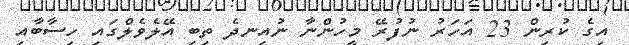
އިގެ ކުރިން 23 އަހަރު ނުފުރޭ މީހުންނާ ނުއިނދެ ތިބި އޭލެވެލްގައި ހިސާބާއި